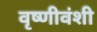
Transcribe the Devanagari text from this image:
वृष्णीवंशी